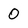
Character: 0